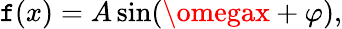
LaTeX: \mathtt{f}(x)=A\sin(\omegax+\varphi),